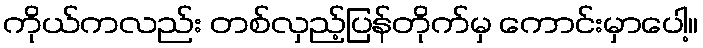
ကိုယ်ကလည်း တစ်လှည့်ပြန်တိုက်မှ ကောင်းမှာပေါ့။